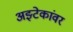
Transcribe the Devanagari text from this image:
अझ्टेकांवर